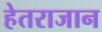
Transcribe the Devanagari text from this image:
हेतराजान